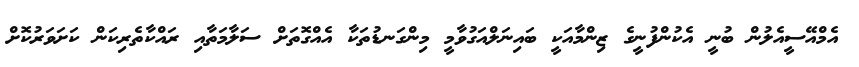
އެމްއޭސީއެލުން ބުނީ އެކުންފުނީގެ ޒިންމާއަކީ ބައިނަލްއަގުވާމީ މިންގަނޑުތަކާ އެއްގޮތަށް ސަލާމަތާއި ރައްކާތެރިކަން ކަށަވަރުކޮށް